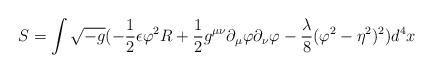
\begin{align*}S = \int \sqrt{-g} (- \frac {1}{2} \epsilon \varphi^{2} R +\frac{1}{2} g^{\mu\nu} \partial_{\mu} \varphi \partial_{\nu} \varphi-\frac {\lambda}{8} ( \varphi^{2} - \eta^{2} )^{2} ) d^{4} x\end{align*}